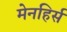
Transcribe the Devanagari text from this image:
मेनहिर्स